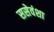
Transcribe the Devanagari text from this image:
ससेवंशा